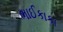
ભાઈકાકા